Civil Veterinary Department Bengal reports 1933-51 - 1933-1951
Year: 1933
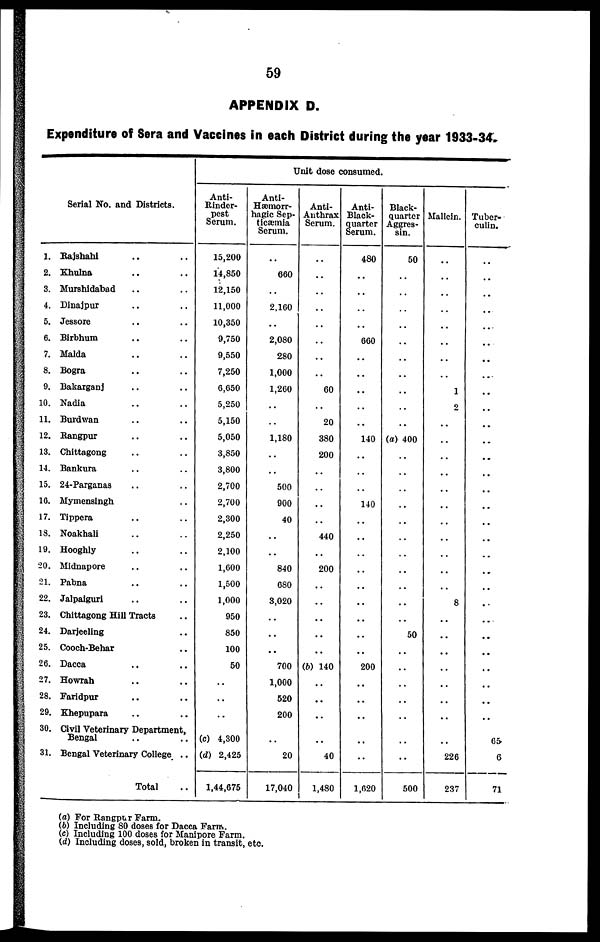
59
APPENDIX D.
Expenditure of Sera and Vaccines in each District during the year 1933-34.
Serial No. and Districts.
1. Rajshahi .. ..
2. Khulna .. ..
3. Murshidabad .. ..
4. Dinajpur .. ..
5. Jessore .. ..
6. Birbhum .. ..
7. Malda .. ..
8. Bogra .. ..
9. Bakarganj .. ..
10. Nadia .. ..
11. Burdwan .. ..
12. Rangpur .. ..
13. Chittagong .. ..
14. Bankura .. ..
15. 24-Parganas .. ..
16. Mymensingh. ..
17. Tippera .. ..
18. Noakhali .. ..
19. Hooghly .. ..
20. Midnapore .. ..
21. Pabna .. ..
22. Jalpaiguri .. ..
23. Chittagong Hill Tracts ..
24. Darjeeling ..
25. Cooch-Behar ..
26. Dacca .. ..
27. Howrah .. ..
28. Faridpur .. ..
29. Khepupara .. ..
30. Civil Veterinary Department,
Bengal .. ..
31. Bengal Veterinary College ..
Total ..
Unit dose consumed.
Anti-
Rinder-
pest
Serum.
15,200
14,850
12,150
11,000
10,350
9,750
9,550
7,250
6,650
5,250
5,150
5,050
3,850
3,800
2,700
2,700
2,300
2,250
2,100
1,600
1,500
1,000
950
850
100
50
..
..
..
(c) 4,300
(d) 2,425
1,44,675
Anti-
Hæmorr-
hagic Sep-
ticæmia
Serum.
..
660
..
2,160
..
2,080
280
1,000
1,260
..
..
1,180
..
..
500
900
40
..
..
840
680
3,020
..
..
..
700
1,000
520
200
..
20
17,040
Anti-
Anthrax
Serum.
..
..
..
..
..
..
..
..
60
..
20
380
200
..
..
..
..
440
..
200
..
..
..
..
..
(b) 140
..
..
..
..
40
1,480
Anti-
Black-
quarter
Serum.
480
..
..
..
..
660
..
..
..
..
..
140
..
..
..
140
..
..
..
..
..
..
..
..
..
200
..
..
..
..
..
1,620
Black-
quarter
Aggres-
sin.
50
..
..
..
..
..
..
..
..
..
..
(a) 400
..
..
..
..
..
..
..
..
..
..
..
50
..
..
..
..
..
..
..
500
Mallein.
..
..
..
..
..
..
..
..
1
2
..
..
..
..
..
..
..
..
..
..
..
8
..
..
..
..
..
..
..
..
226
237
Tuber-
culin.
..
..
..
..
..
..
..
..
..
..
..
..
..
..
..
..
..
..
..
..
..
..
..
..
..
..
..
..
..
65
6
71
(a) For Rangpur Farm.
(b) Including 80 doses for Dacca Farm.
(c) Including 100 doses for Manipore Farm.
(d) Including doses, sold, broken in transit, etc.